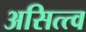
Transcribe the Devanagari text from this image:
असित्त्व